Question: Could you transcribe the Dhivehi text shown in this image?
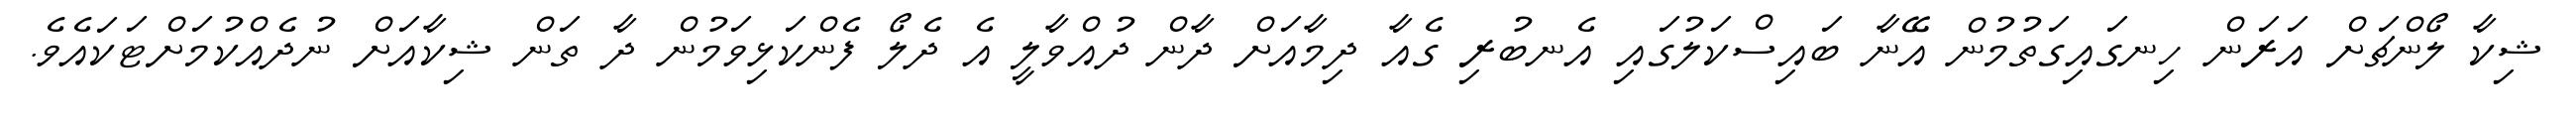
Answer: ޝިކާ ލޯންޗަށް އަރަން ހިނގައިގަތުމުން އޭނާ ބައިސްކަލުގައި އެނބުރި ގެއާ ދިމާއަށް ދާން ދުއްވާލީ އެ ދެލޯ ފެންކަޅިވަމުން ދާ ތަން ޝިކާއަށް ނުދެއްކުމަށްޓަކައެވެ.